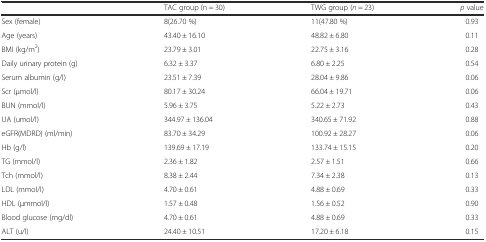
|  | TAC group (n = 30) | TWG group (n = 23) | p value |
 | --- | --- | --- | --- |
 | Sex (female) | 8(26.70 %) | 11(47.80 %) | 0.93 |
 | Age (years) | 43.40 ± 16.10 | 48.82 ± 6.80 | 0.11 |
 | BMI (kg/m2) | 23.79 ± 3.01 | 22.75 ± 3.16 | 0.28 |
 | Daily urinary protein (g) | 6.32 ± 3.37 | 6.80 ± 2.25 | 0.54 |
 | Serum albumin (g/l) | 23.51 ± 7.39 | 28.04 ± 9.86 | 0.06 |
 | Scr (μmol/l) | 80.17 ± 30.24 | 66.04 ± 19.71 | 0.06 |
 | BUN (mmol/l) | 5.96 ± 3.75 | 5.22 ± 2.73 | 0.43 |
 | UA (umol/l) | 344.97 ± 136.04 | 340.65 ± 71.92 | 0.88 |
 | eGFR(MDRD) (ml/min) | 83.70 ± 34.29 | 100.92 ± 28.27 | 0.06 |
 | Hb (g/l) | 139.69 ± 17.19 | 133.74 ± 15.15 | 0.20 |
 | TG (mmol/l) | 2.36 ± 1.82 | 2.57 ± 1.51 | 0.66 |
 | Tch (mmol/l) | 8.38 ± 2.44 | 7.34 ± 2.38 | 0.13 |
 | LDL (mmol/l) | 4.70 ± 0.61 | 4.88 ± 0.69 | 0.33 |
 | HDL (μmmol/l) | 1.57 ± 0.48 | 1.56 ± 0.52 | 0.90 |
 | Blood glucose (mg/dl) | 4.70 ± 0.61 | 4.88 ± 0.69 | 0.33 |
 | ALT (u/l) | 24.40 ± 10.51 | 17.20 ± 6.18 | 0.15 |